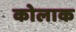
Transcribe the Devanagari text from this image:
कोलाक